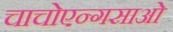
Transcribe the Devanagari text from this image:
चाचोएन्गसाओ